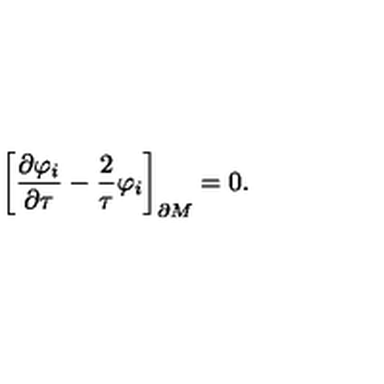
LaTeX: \biggr [ { \frac { \partial \varphi _ { i } } { \partial \tau } } - { \frac { 2 } { \tau } } \varphi _ { i } \biggr ] _ { \partial M } = 0 .